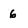
Character: 6